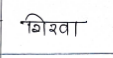
मजकूर: गिरवा